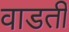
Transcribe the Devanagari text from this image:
वाडती